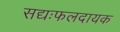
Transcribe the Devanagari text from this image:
सद्यःफलदायक